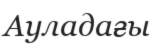
Ауладағы